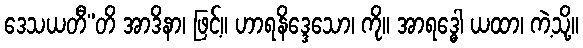
ဒေသယတီ”တိ အာဒိနာ၊ ဖြင့်။ ဟာရနိဒ္ဒေသော၊ ကို။ အာရဒ္ဓေါ ယထာ၊ ကဲ့သို့။